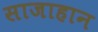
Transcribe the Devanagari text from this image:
साजाहान